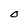
Character: O